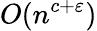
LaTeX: O(n^{c+\varepsilon})